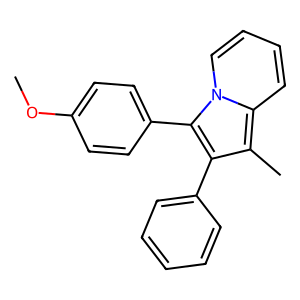
SMILES: COc1ccc(-c2c(-c3ccccc3)c(C)c3ccccn23)cc1
Inhibits HIV replication: No